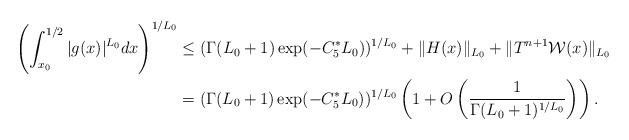
LaTeX: \begin{align*}\left(\int_{x_0}^{1/2}|g(x)|^{L_0}dx\right)^{1/L_0}&\leq (\Gamma(L_0+1)\exp(-C_5^*L_0))^{1/L_0}+\|H(x)\|_{L_0}+\|T^{n+1}\mathcal{W}(x)\|_{L_0}\\&=(\Gamma(L_0+1)\exp(-C_5^*L_0))^{1/L_0}\left(1+O\left(\frac{1}{\Gamma(L_0+1)^{1/L_0}}\right)\right).\end{align*}